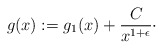
\begin{align*}g(x) := g_1(x) + \frac{C}{x^{1 + \epsilon}}\cdot\end{align*}